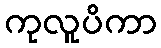
ကုလူပိကာ